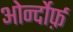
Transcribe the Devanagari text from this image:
ओर्न्दोर्फ़